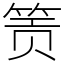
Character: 𬕂